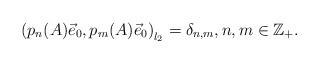
LaTeX: \begin{align*}\left( p_n(A) \vec e_0, p_m(A) \vec e_0 \right)_{l_2} = \delta_{n,m},n,m\in\mathbb{Z}_+.\end{align*}